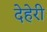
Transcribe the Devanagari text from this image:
देहेरी